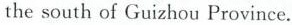
the south of Guizhou Province。